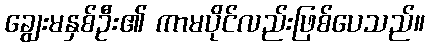
ချွေးမနှစ်ဦး၏ ကာမပိုင်လည်းဖြစ်ပေသည်။